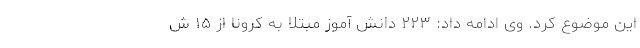
این موضوع کرد. وی ادامه داد: ۲۲۳ دانش آموز مبتلا به کرونا از ۱۵ ش